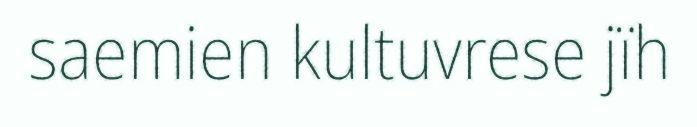
saemien kultuvrese jïh